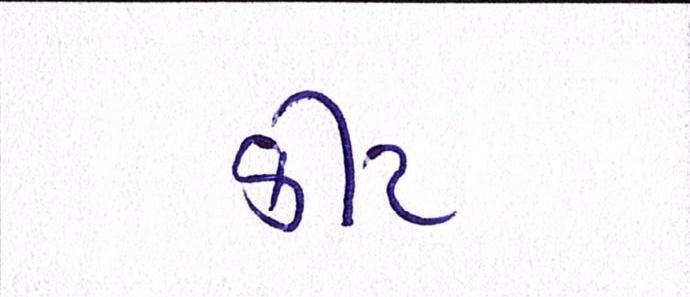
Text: કીટ